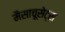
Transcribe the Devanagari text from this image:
मैसाचूसेट्स